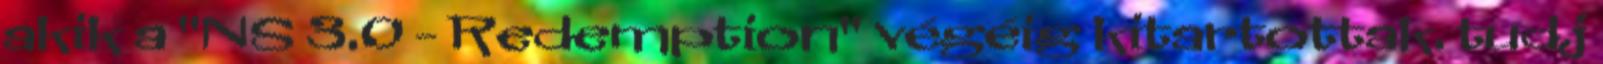
akik a "NS 3.0 - Redemption" végéig kitartottak. tudj